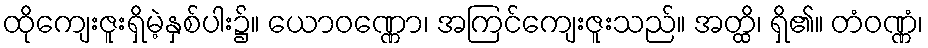
ထိုကျေးဇူးရှိမဲ့နှစ်ပါး၌။ ယောဝဏ္ဏော၊ အကြင်ကျေးဇူးသည်။ အတ္ထိ၊ ရှိ၏။ တံဝဏ္ဏံ၊